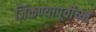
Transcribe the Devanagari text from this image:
जिंकण्यापूर्वीच्या